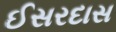
ઈસરદાસ